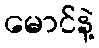
မောင်နဲ့